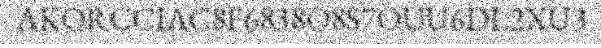
AKORCCIAC8F6838O8S7OUU6DL2XU3